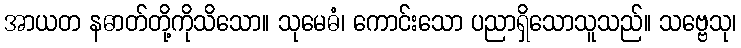
အာယတ နဓာတ်တို့ကိုသိသော။ သုမေဓံ၊ ကောင်းသော ပညာရှိသောသူသည်။ သဗ္ဗေသု၊